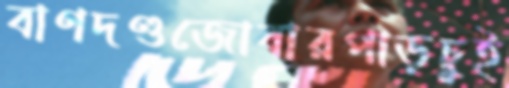
বাণদণ্ডজোবারপাড়চুই